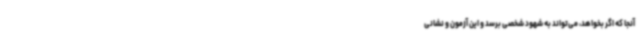
آنجا که اگر بخواهد، می‌تواند به شهود شخصی برسد و این آزمون و نشانی